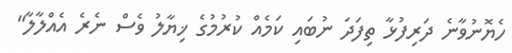
ހެޔޮނުވާނެ ދަރިފުޅާ ތިފަދަ ނުބައި ކަމެއް ކުރުމުގެ ޚިޔާލު ވެސް ނެރެ އެއްލާލާ"